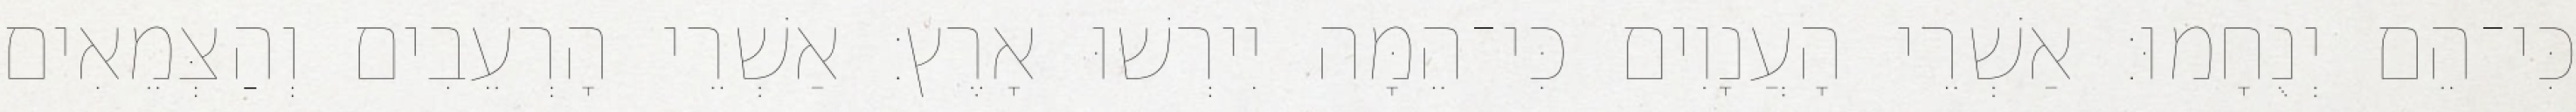
כִּי־הֵם יְנֻחָמוּ׃ אַשְׁרֵי הָעֲנָוִים כִּי־הֵמָּה יִירְשׁוּ אָרֶץ׃ אַשְׁרֵי הָרְעֵבִים וְהַצְּמֵאִים